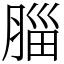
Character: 䐉